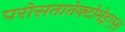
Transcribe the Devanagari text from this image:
परोसतातेक्टोमेइएस